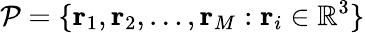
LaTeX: {\cal P}=\{ {\mathbf r}_{1},{\mathbf r}_{2},\ldots,{\mathbf r}_{M}:{\mathbf r}_{i}\in\mathbb{R}^{3}\}